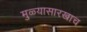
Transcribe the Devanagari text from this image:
मुळ्यासारखाच